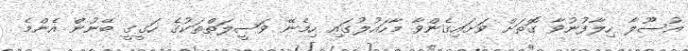
އުސޫލާ ހިލާފުނުވާ ގޮތަށް ވަށައިގެންވާ މާހައުލުގައި ހިމެނޭ ވަސީލަތްތަކުގެ ހަގީގީ ބޭނުން އެންމެ